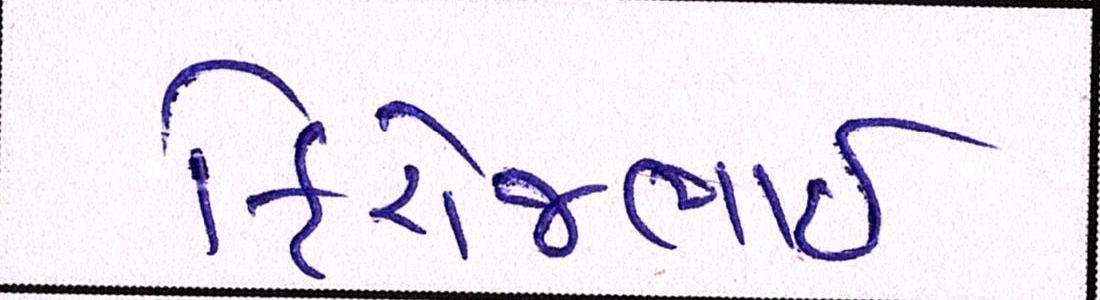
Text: ફિરોજભાઇ